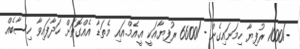
-/1000 ރުފިޔާ ހިމަނައިގެން -/6600 ރުފިޔާއަކީ އީ.އެމް.އައި މެތަޑާ އެއްގޮތަށް ހަދާފައިވާ ހިސާބެއް